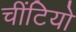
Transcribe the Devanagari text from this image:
चींटियो